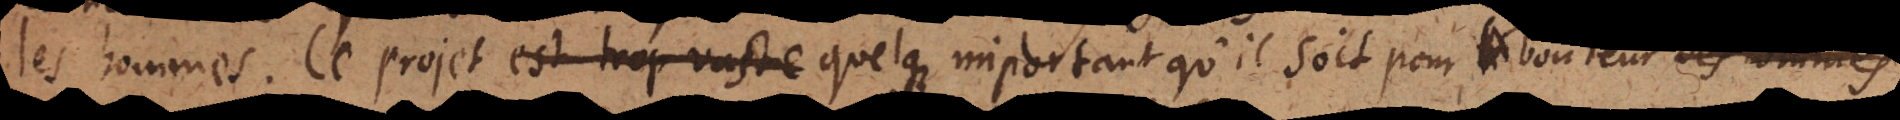
les hommes. Ce projet, est trop vaste quelque important qu’il soit pour la bonheur des